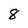
Character: 8